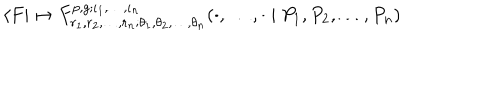
\langle F | \mapsto F _ { r _ { 1 } , r _ { 2 } , \dots , r _ { n } ; \theta _ { 1 } , \theta _ { 2 } , \dots , \theta _ { n } } ^ { p , g ; \iota _ { 1 } , \dots , \iota _ { n } } ( \cdot , \dots , \cdot \mid P _ { 1 } , P _ { 2 } , \dots , P _ { n } )